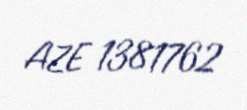
AZE 1381762